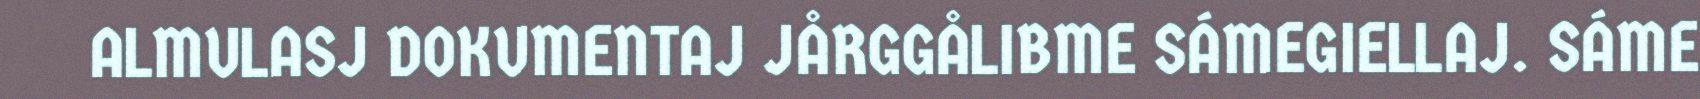
ALMULASJ DOKUMENTAJ JÅRGGÅLIBME SÁMEGIELLAJ. SÁME